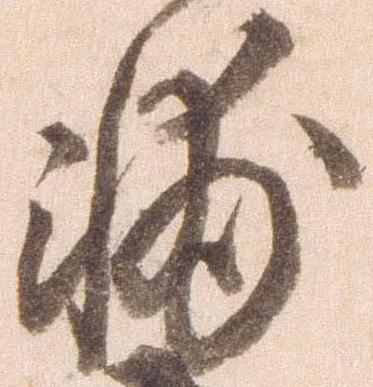
輔